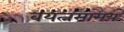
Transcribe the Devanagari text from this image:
बयत्नसामय